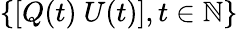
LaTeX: \{ [Q(t)~U(t)],t\in\mathbb{N}\}